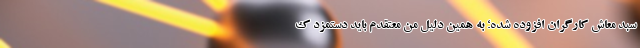
سبد معاش کارگران افزوده شده؛ به همین دلیل من معتقدم باید دستمزد ک